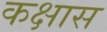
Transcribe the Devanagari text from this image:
कक्षास